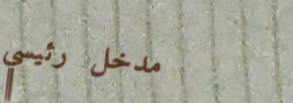
مدخل رئيسي